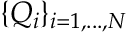
\{ Q _ { i } \} _ { i = 1 , . . . , N }